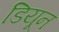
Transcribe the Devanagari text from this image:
डियून